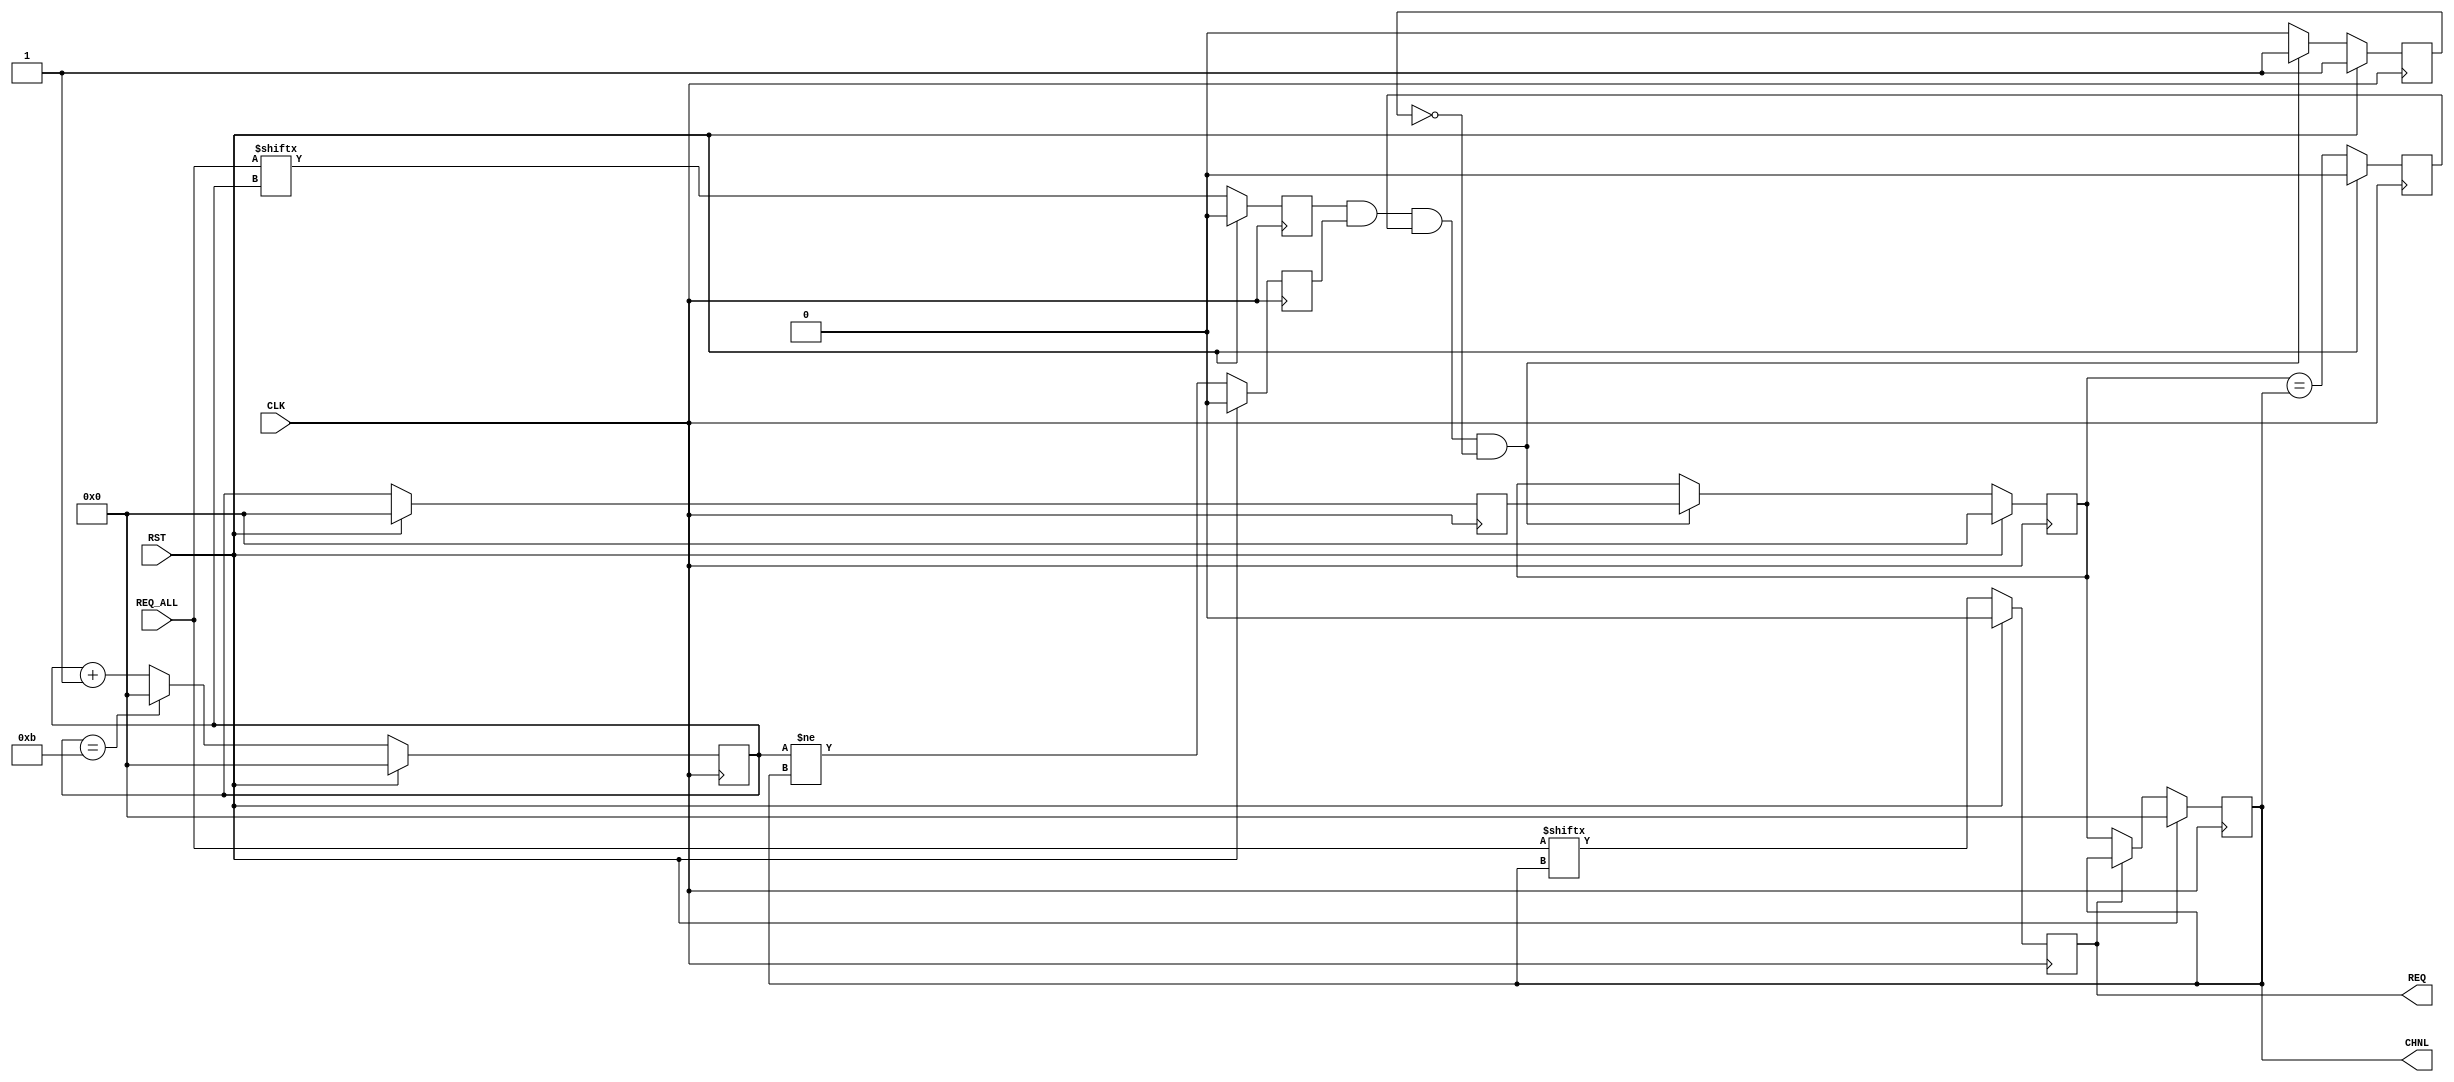
module tx_engine_selector 
    #(
      parameter C_NUM_CHNL = 4'd12
      )
    (
     input                  CLK,
     input                  RST,

     input [C_NUM_CHNL-1:0] REQ_ALL, // Write requests

     output                 REQ, // Write request
     output [3:0]           CHNL// Write channel
     );

    reg [3:0]               rReqChnl=0, _rReqChnl=0;
    reg [3:0]               rReqChnlNext=0, _rReqChnlNext=0;
    reg                     rReqChnlsSame=0, _rReqChnlsSame=0;
    reg [3:0]               rChnlNext=0, _rChnlNext=0;
    reg [3:0]               rChnlNextNext=0, _rChnlNextNext=0;
    reg                     rChnlNextDfrnt=0, _rChnlNextDfrnt=0;
    reg                     rChnlNextNextOn=0, _rChnlNextNextOn=0;
    wire                    wChnlNextNextOn;
    reg                     rReq=0, _rReq=0;
    wire                    wReq;// = (REQ_ALL>>(rReqChnl));
    reg                     rReqChnlNextUpdated=0, _rReqChnlNextUpdated=0;

    assign wReq = REQ_ALL[rReqChnl];
    assign wChnlNextNextOn = REQ_ALL[rChnlNextNext];
    assign REQ = rReq;
    assign CHNL = rReqChnl;


    // Search for the next request so that we can move onto it immediately after
    // the current channel has released its request.
    always @ (posedge CLK) begin
        rReq <= #1 (RST ? 1'd0 : _rReq);
        rReqChnl <= #1 (RST ? 4'd0 : _rReqChnl);
        rReqChnlNext <= #1 (RST ? 4'd0 : _rReqChnlNext);
        rChnlNext <= #1 (RST ? 4'd0 : _rChnlNext);
        rChnlNextNext <= #1 (RST ? 4'd0 : _rChnlNextNext);
        rChnlNextDfrnt <= #1 (RST ? 1'd0 : _rChnlNextDfrnt);
        rChnlNextNextOn <= #1 (RST ? 1'd0 : _rChnlNextNextOn);
        rReqChnlsSame <= #1 (RST ? 1'd0 : _rReqChnlsSame);
        rReqChnlNextUpdated <= #1 (RST ? 1'd1 : _rReqChnlNextUpdated);
    end

    always @ (*) begin
        // Go through each channel (RR), looking for requests
        _rChnlNextNextOn = wChnlNextNextOn;
        _rChnlNext = rChnlNextNext;
        _rChnlNextNext = (rChnlNextNext == C_NUM_CHNL - 1 ? 4'd0 : rChnlNextNext + 1'd1);
        _rChnlNextDfrnt = (rChnlNextNext != rReqChnl);
        _rReqChnlsSame = (rReqChnlNext == rReqChnl);

        // Save ready channel if it is not the same channel we're currently on
        if (rChnlNextNextOn & rChnlNextDfrnt & rReqChnlsSame & !rReqChnlNextUpdated) begin
            _rReqChnlNextUpdated = 1;
            _rReqChnlNext = rChnlNext;
        end
        else begin
            _rReqChnlNextUpdated = 0;
            _rReqChnlNext = rReqChnlNext;
        end
        
        // Assign the new channel
        _rReq = wReq;
        _rReqChnl = (!rReq ? rReqChnlNext : rReqChnl);
    end


endmodule